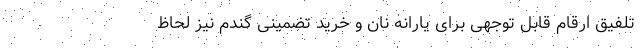
تلفیق ارقام قابل توجهی برای یارانه نان و خرید تضمینی گندم نیز لحاظ